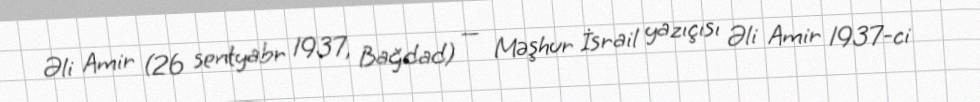
Əli Amir (26 sentyabr 1937, Bağdad) — Məşhur İsrail yazıçısı Əli Amir 1937-ci